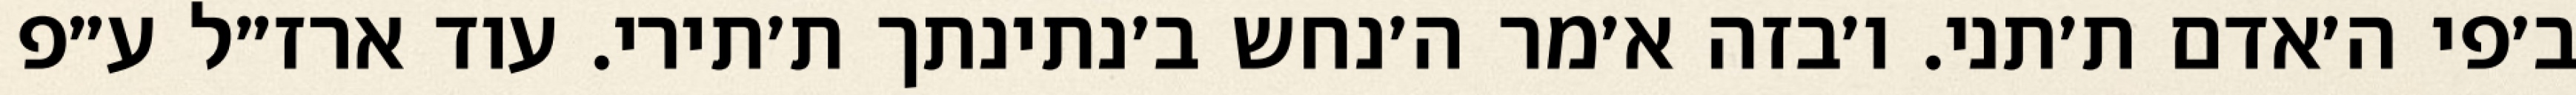
ב׳פי ה׳אדם ת׳תני. ו׳בזה א׳מר ה׳נחש ב׳נתינתך ת׳תירי. עוד ארז״ל ע״פ